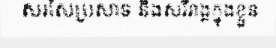
សរសៃប្រសាទ និងសរីរាង្គក្នុងខ្លួន